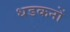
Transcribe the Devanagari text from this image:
धडकनों